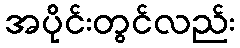
အပိုင်းတွင်လည်း